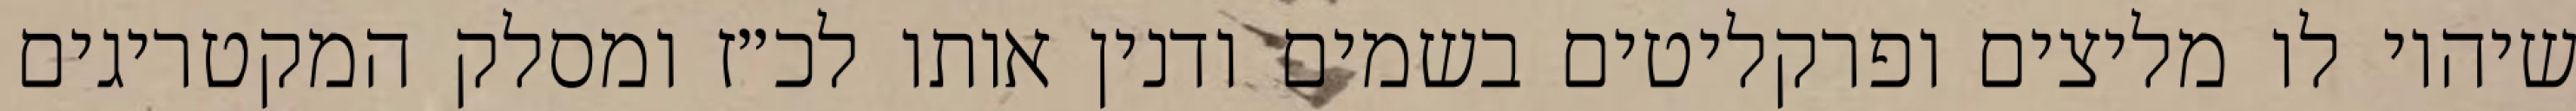
שיהיו לו מליצים ופרקליטים בשמים ודנין אותו לכ״ז ומסלק המקטריגים